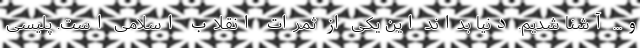
و... آشنا شدیم. دنیا بداند این یکی از ثمرات انقلاب اسلامی است. پلیسی